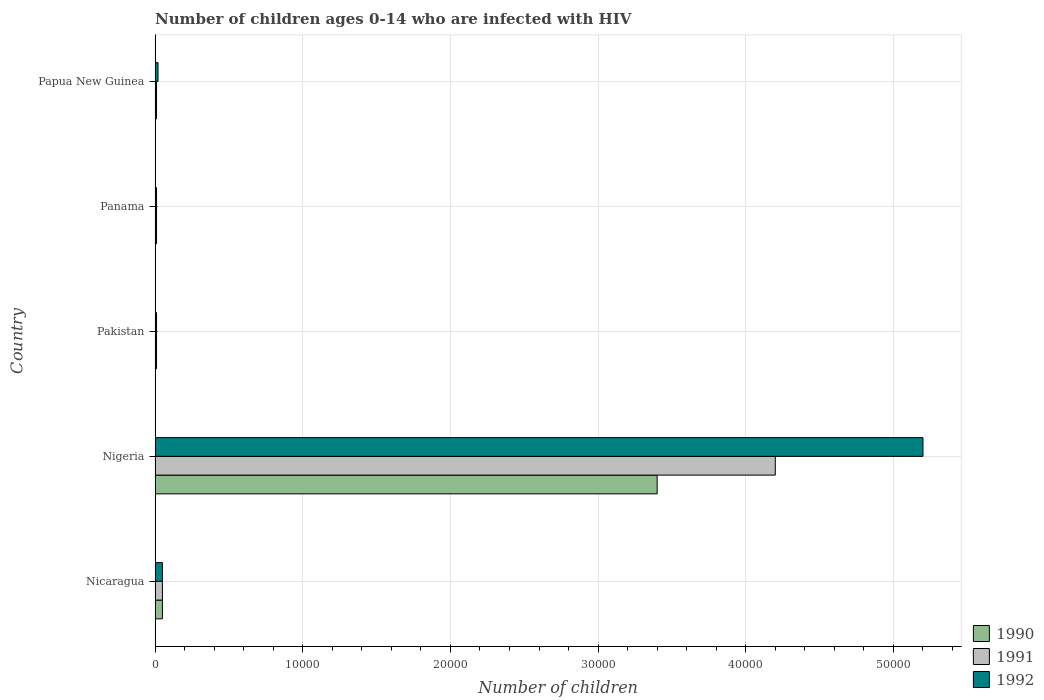
| Country | 1990 | 1991 | 1992 |
 | --- | --- | --- | --- |
 | Nicaragua | 500 | 500 | 500 |
 | Nigeria | 3.4e+04 | 4.2e+04 | 5.2e+04 |
 | Pakistan | 100 | 100 | 100 |
 | Panama | 100 | 100 | 100 |
 | Papua New Guinea | 100 | 100 | 200 |